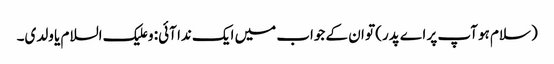
(سلام ہو آپ پر اے پدر) تو ان کے جواب میں ایک ندا آئی: و علیک السلام یا ولدی۔